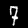
Label: 7